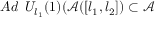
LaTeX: A d \, \, \, U _ { l _ { 1 } } ( 1 ) ( \mathcal { A } ( [ l _ { 1 } , l _ { 2 } ] ) \subset \mathcal { A }